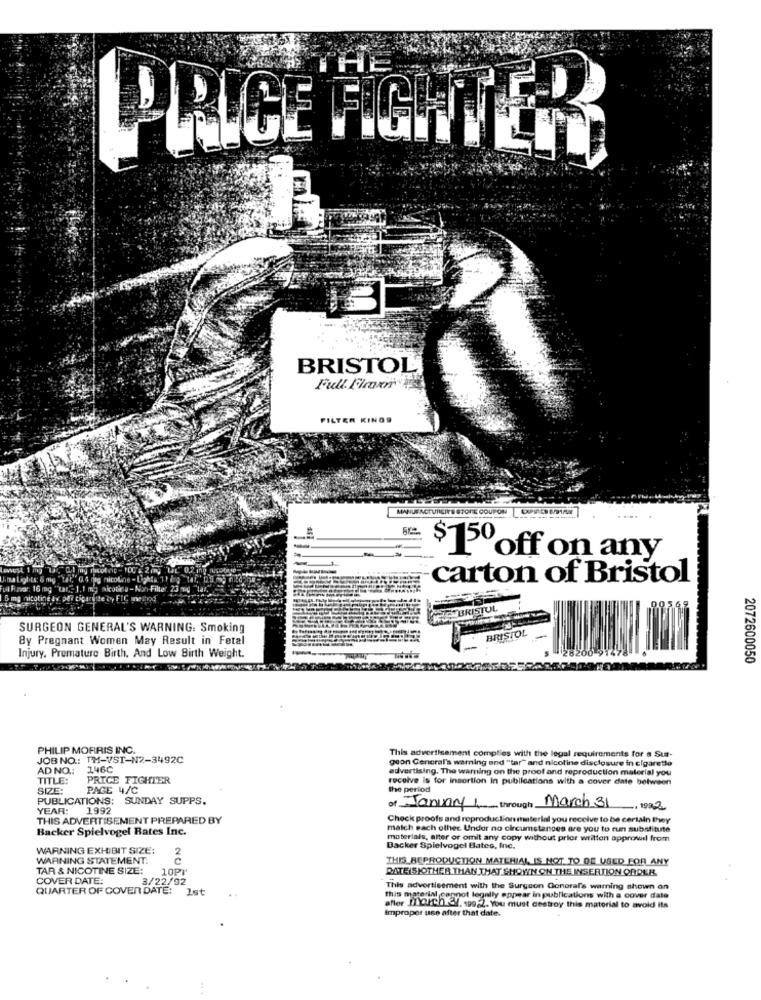
PRICE FIGHTER
BRISTOL
Full. Flman'
FILTER KINGS
MANUFACTUREIT'S STORE COUPON
----
-
$150 off on any
hita Liglits: 6 mg "tat," 0.4 mag nicotine -
carton of Bristol
ulf.no: 16 mg "tar." 1, 1 mg nicotina-
6 mg nicotine av. per cigarette by FIC
ETBRISTOL
SURGEON GENERAL'S WARNING: Smoking
--
By Pregnant Women May Result in Fetal
BRISTOL
Injury, Premature Birth, And Low Birth Weight.
2072600050
PHILIP MORRIS INC.
JOB NO .: TH-VST-N2-3492C
This advertisement complies with the legal requirements for a Sus-
geon General's warning and "tar" and nicoline disclosure in cigarette
AD NO .:
146C
advertising. The warning on the proof and reproduction material you
TITLE:
PRICE FIGHTER
receive is for insertion in publications with a cover date between
SIZE:
PAGE 4/C
the period
PUBLICATIONS: SUNDAY SUPPS.
March 31
YEAR:
1992
of January I through.
, 1922
THIS ADVERTISEMENT PREPARED BY
Check proofs and reproductionmaterial you receive to be certain they
Backer Spielvogel Rates Inc.
maich each other. Under no circumstances are you to run substitute
materials, alter or omit any copy without prior written approved from
WARNING EXHIBIT SIZE:
Backer Spielvogel Bates, Inc.
WARNING STATEMENT.
2
THIS BEPRODUCTION MATERIAL IS MOT TO DE USED FOR ANY
TAR & NICOTINE SIZE:
10PT
DATE SIOTHER THAN THAT SHOWN ON THE INSERTION ORDER
COVER DATE:
3/22/02
QUARTER OF COVER DATE:
Ist
This advertisement with the Surgeon General's warning shown on
this material cepnot leg
this material cannot legally appear in publications with a cover date
after ILCICh &Y, 199.2. You must destroy this material to avoid its
Improper use after that date.